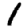
Digit: 1